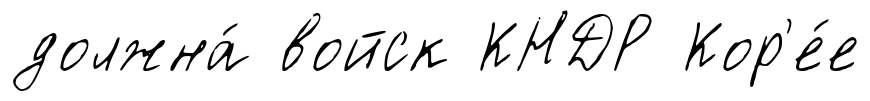
должна́ войск КНДР Кор'е́е